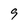
Character: 9